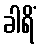
ခါရိံ